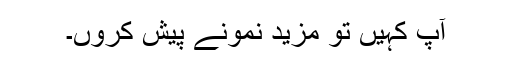
آپ کہیں تو مزید نمونے پیش کروں۔